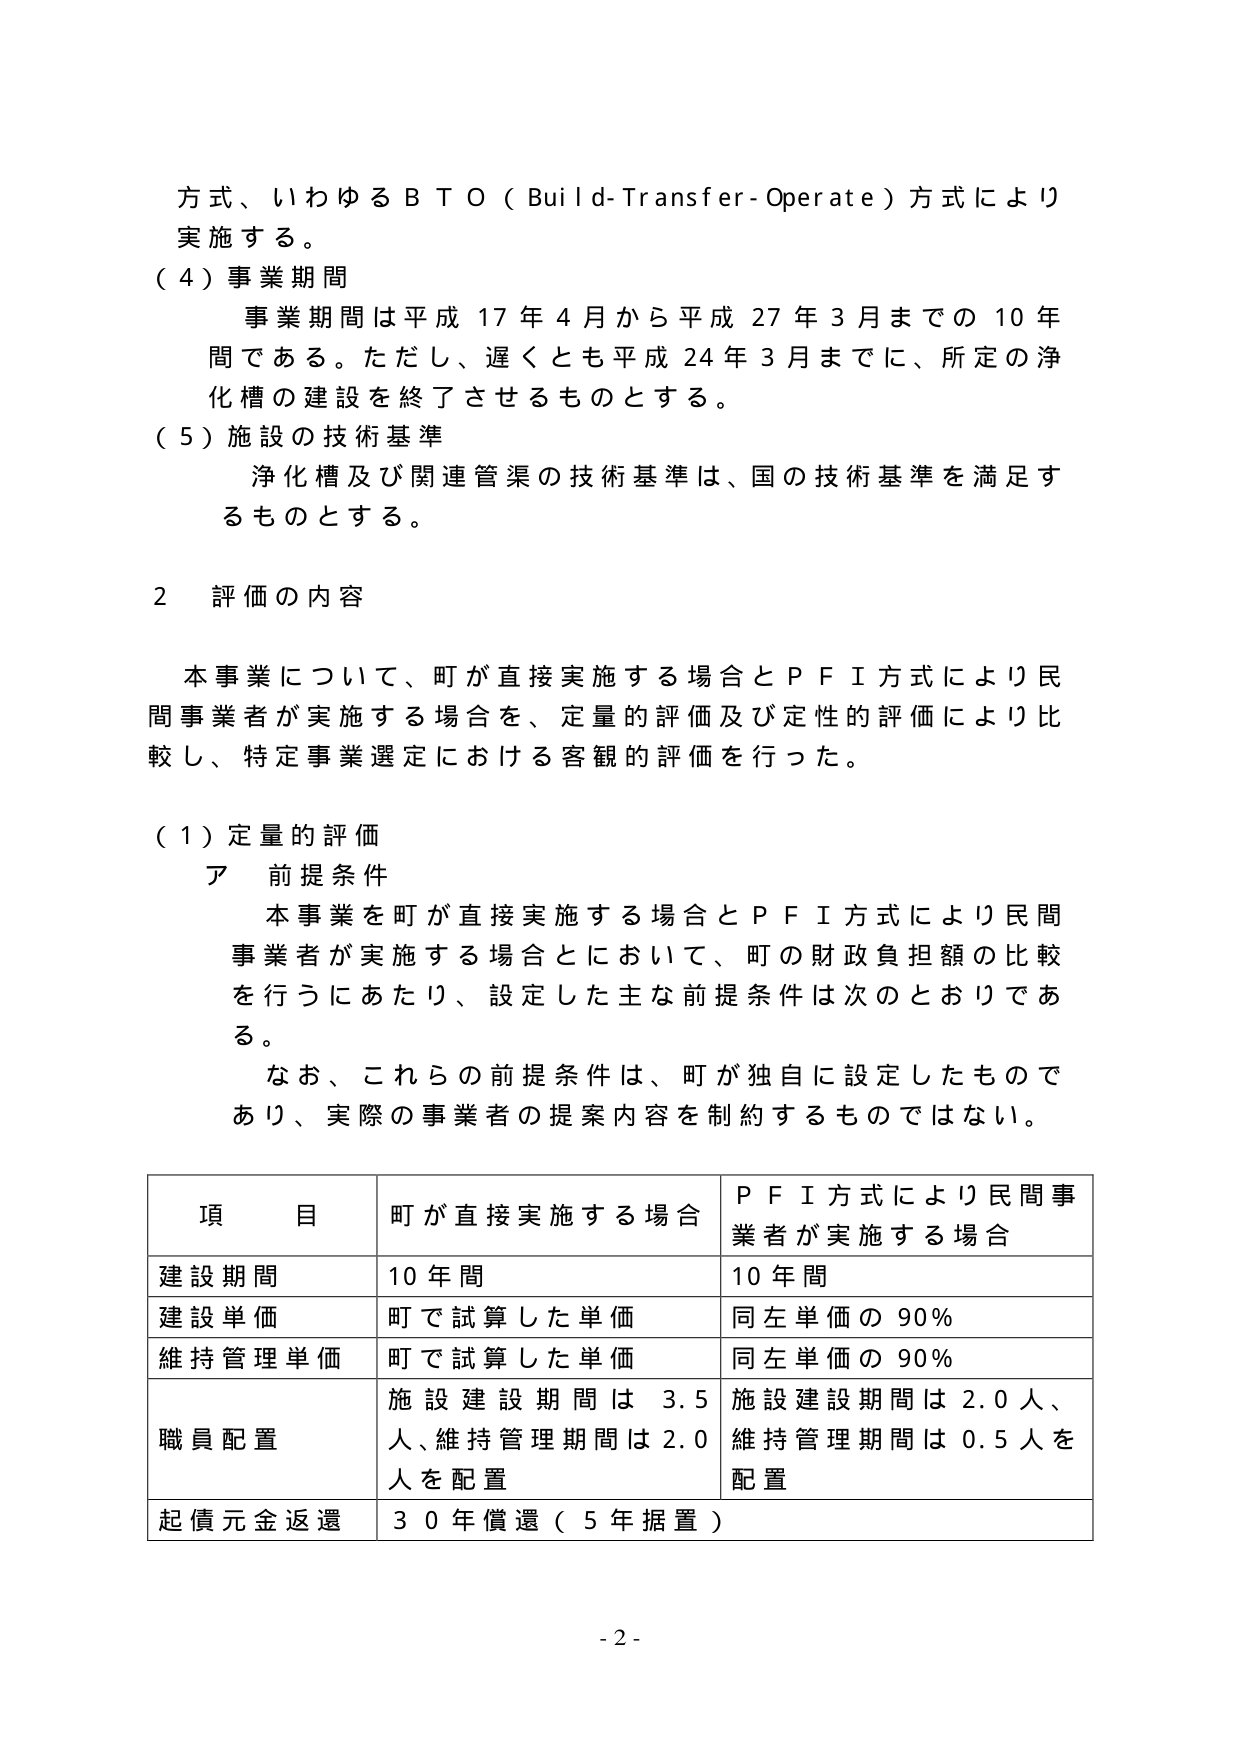
方式、いわゆるＢＴＯ（Build-Transfer-Operate）方式により
実施する。
（４）事業期間
　事業期間は平成17年4月から平成27年3月までの10年
間である。ただし、遅くとも平成24年3月までに、所定の浄
化槽の建設を終了させるものとする。
（５）施設の技術基準
　浄化槽及び関連管渠の技術基準は、国の技術基準を満足す
るものとする。

２　評価の内容

　本事業について、町が直接実施する場合とＰＦＩ方式により民間
事業者が実施する場合を、定量的評価及び定性的評価により比
較し、特定事業選定における客観的評価を行った。

（１）定量的評価
　ア　前提条件
　　本事業を町が直接実施する場合とＰＦＩ方式により民間
　　事業者が実施する場合とにおいて、町の財政負担額の比較
　　を行うにあたり、設定した主な前提条件は次のとおりであ
　　る。
　　なお、これらの前提条件は、町が独自に設定したもので
　　あり、実際の事業者の提案内容を制約するものではない。

　　| 項　目 | 町が直接実施する場合 | ＰＦＩ方式により民間事業者が実施する場合 |
　　|---|---|---|
　　| 建設期間 | 10年間 | 10年間 |
　　| 建設単価 | 町で試算した単価 | 同左単価の90％ |
　　| 維持管理単価 | 町で試算した単価 | 同左単価の90％ |
　　| 職員配置 | 施設建設期間は3.5人、維持管理期間は2.0人を配置 | 施設建設期間は2.0人、維持管理期間は0.5人を配置 |
　　| 起債元金返還 | 30年償還（5年据置） | |

　　- 2 -